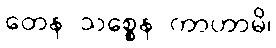
တေန သစ္စေန ကာဟာမိ၊